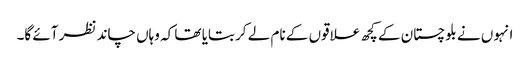
انہوں نے بلوچستان کے کچھ علاقوں کے نام لے کر بتایا تھا کہ وہاں چاند نظر آئے گا۔